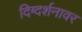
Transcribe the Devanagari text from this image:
दिग्दर्शनावर